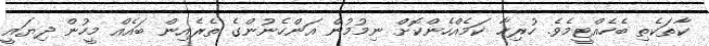
ކާތަކެތި ބެހެއްޓީމެވެ. ހުރިހާ ކަމެއްހެންކޮށް ނިމުމުން އަންހެނުންގެ ތެރެއިން ބައެއް މީހުން ދިޔައީ